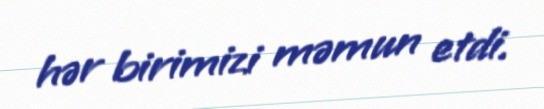
hər birimizi məmun etdi.